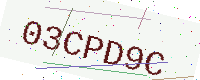
Text: 03CPD9C